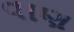
વાણ